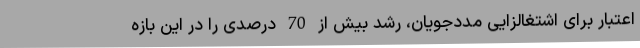
اعتبار برای اشتغالزایی مددجویان، رشد بیش از 70 درصدی را در این بازه